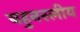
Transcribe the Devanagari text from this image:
बहुनस्लीय